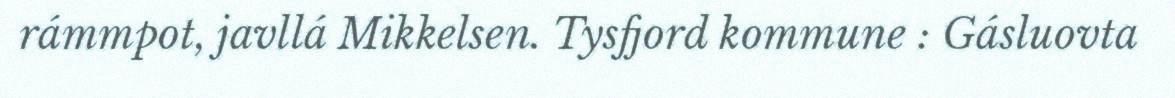
rámmpot, javllá Mikkelsen. Tysfjord kommune : Gásluovta